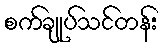
စက်ချုပ်သင်တန်း